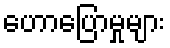
ဟောပြောမှုများ